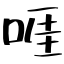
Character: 啀